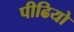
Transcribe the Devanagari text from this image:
पीढियो